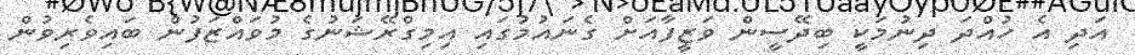
އަދި އެ ހުއްދަ ދިނުމަކީ ބިދޭސީން ވަޒީފާއަށް ގެނައުމުގައި އިމިގްރޭޝަނުގެ މުވައްޒަފުން ބައިވެރިވުން